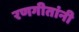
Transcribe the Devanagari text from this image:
रणगीतांनी